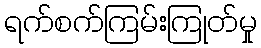
ရက်စက်ကြမ်းကြုတ်မှု